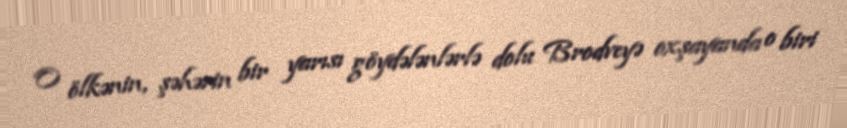
O ölkənin, şəhərin bir yarısı göydələnlərlə dolu Brodveyə oxşayanda o biri